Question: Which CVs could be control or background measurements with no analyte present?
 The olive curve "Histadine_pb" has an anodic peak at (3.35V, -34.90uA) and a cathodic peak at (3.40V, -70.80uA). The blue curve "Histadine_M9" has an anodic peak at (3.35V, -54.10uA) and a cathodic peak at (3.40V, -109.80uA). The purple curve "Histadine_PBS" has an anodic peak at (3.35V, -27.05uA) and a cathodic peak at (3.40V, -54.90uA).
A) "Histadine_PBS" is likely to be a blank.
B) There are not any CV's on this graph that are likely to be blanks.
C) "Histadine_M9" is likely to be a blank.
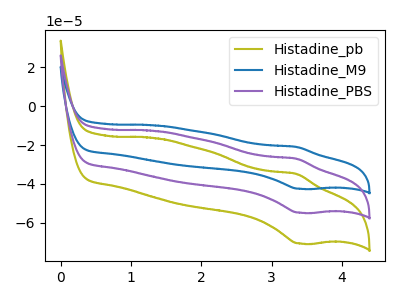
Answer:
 <answer>B) There are not any CV's on this graph that are likely to be blanks.</answer>
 <eval>B</eval>